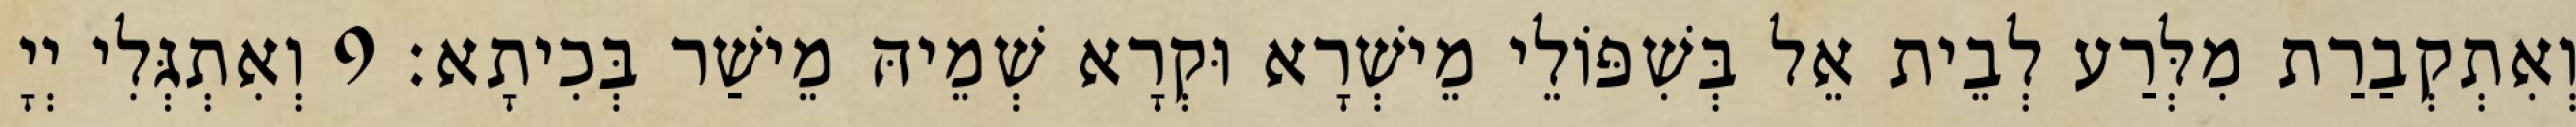
וְאִתְקְבַרַת מִלְּרַע לְבֵית אֵל בְּשִׁפּוֹלֵי מֵישְׁרָא וּקְרָא שְׁמֵיהּ מֵישַׁר בְּכִיתָא׃ 9 וְאִתְגְּלִי יְיָ